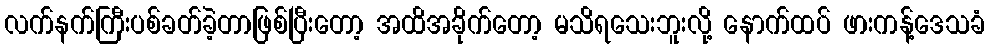
လက်နက်ကြီးပစ်ခတ်ခဲ့တာဖြစ်ပြီးတော့ အထိအခိုက်တော့ မသိရသေးဘူးလို့ နောက်ထပ် ဖားကန့်ဒေသခံ